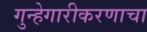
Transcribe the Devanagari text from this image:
गुन्हेगारीकरणाचा